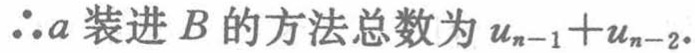
\(\therefore a\)装进\(B\)的方法总数为\(u_{n - 1} + u_{n - 2}\).